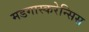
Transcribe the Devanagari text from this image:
मडगास्करेन्सिस